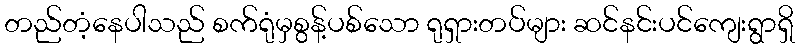
တည်တံ့နေပါသည် စက်ရုံမှစွန့်ပစ်သော ရုရှားတပ်များ ဆင်နင်းပင်ကျေးရွာရှိ